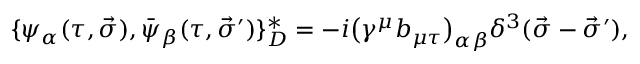
\{ \psi _ { \alpha } ( \tau , \vec { \sigma } ) , \bar { \psi } _ { \beta } ( \tau , \vec { \sigma } ^ { \prime } ) \} _ { D } ^ { \ast } = - i \big ( \gamma ^ { \mu } b _ { \mu \tau } \big ) _ { \alpha \beta } \delta ^ { 3 } ( \vec { \sigma } - \vec { \sigma } ^ { \prime } ) ,